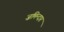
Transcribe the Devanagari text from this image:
ज़मिन्दार